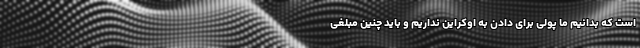
است که بدانیم ما پولی برای دادن به اوکراین نداریم و باید چنین مبلغی